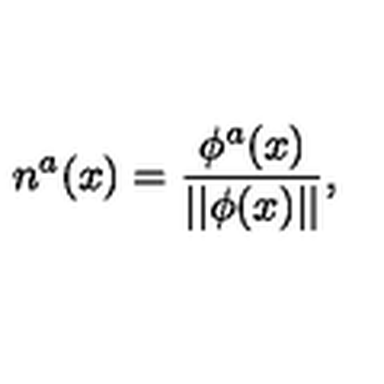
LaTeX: n ^ { a } ( x ) = \frac { \phi ^ { a } ( x ) } { | | \phi ( x ) | | } ,